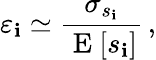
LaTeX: \varepsilon_{\mathbf{i}}\simeq\frac{{\sigma_{s_{\mathbf{i}}}}}{{\mathrm{{~E~}}[s_{\mathbf{i}}]}}\, ,